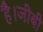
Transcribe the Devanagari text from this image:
है।जीबी